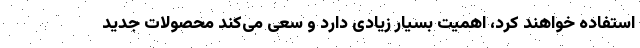
استفاده خواهند کرد، اهمیت بسیار زیادی دارد و سعی می‌کند محصولات جدید